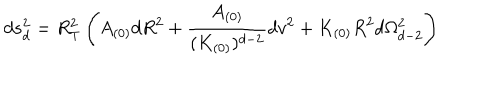
d s _ { d } ^ { 2 } = R _ { T } ^ { 2 } \left( A _ { ( 0 ) } d R ^ { 2 } + \frac { A _ { ( 0 ) } } { ( K _ { ( 0 ) } ) ^ { d - 2 } } d v ^ { 2 } + K _ { ( 0 ) } R ^ { 2 } d \Omega _ { d - 2 } ^ { 2 } \right)